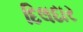
દિલદાર